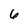
Character: 6